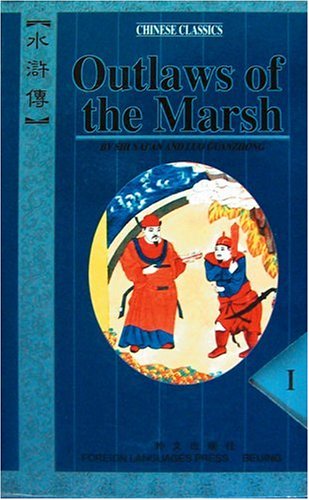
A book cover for Outlaws of the Marsh (Chinese Classics, Classic Novel in 4 Volumes); Shi Nai'An; Literature & Fiction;